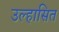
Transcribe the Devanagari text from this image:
उल्हासित